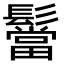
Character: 𮫒